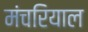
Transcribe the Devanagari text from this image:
मंचरियाल